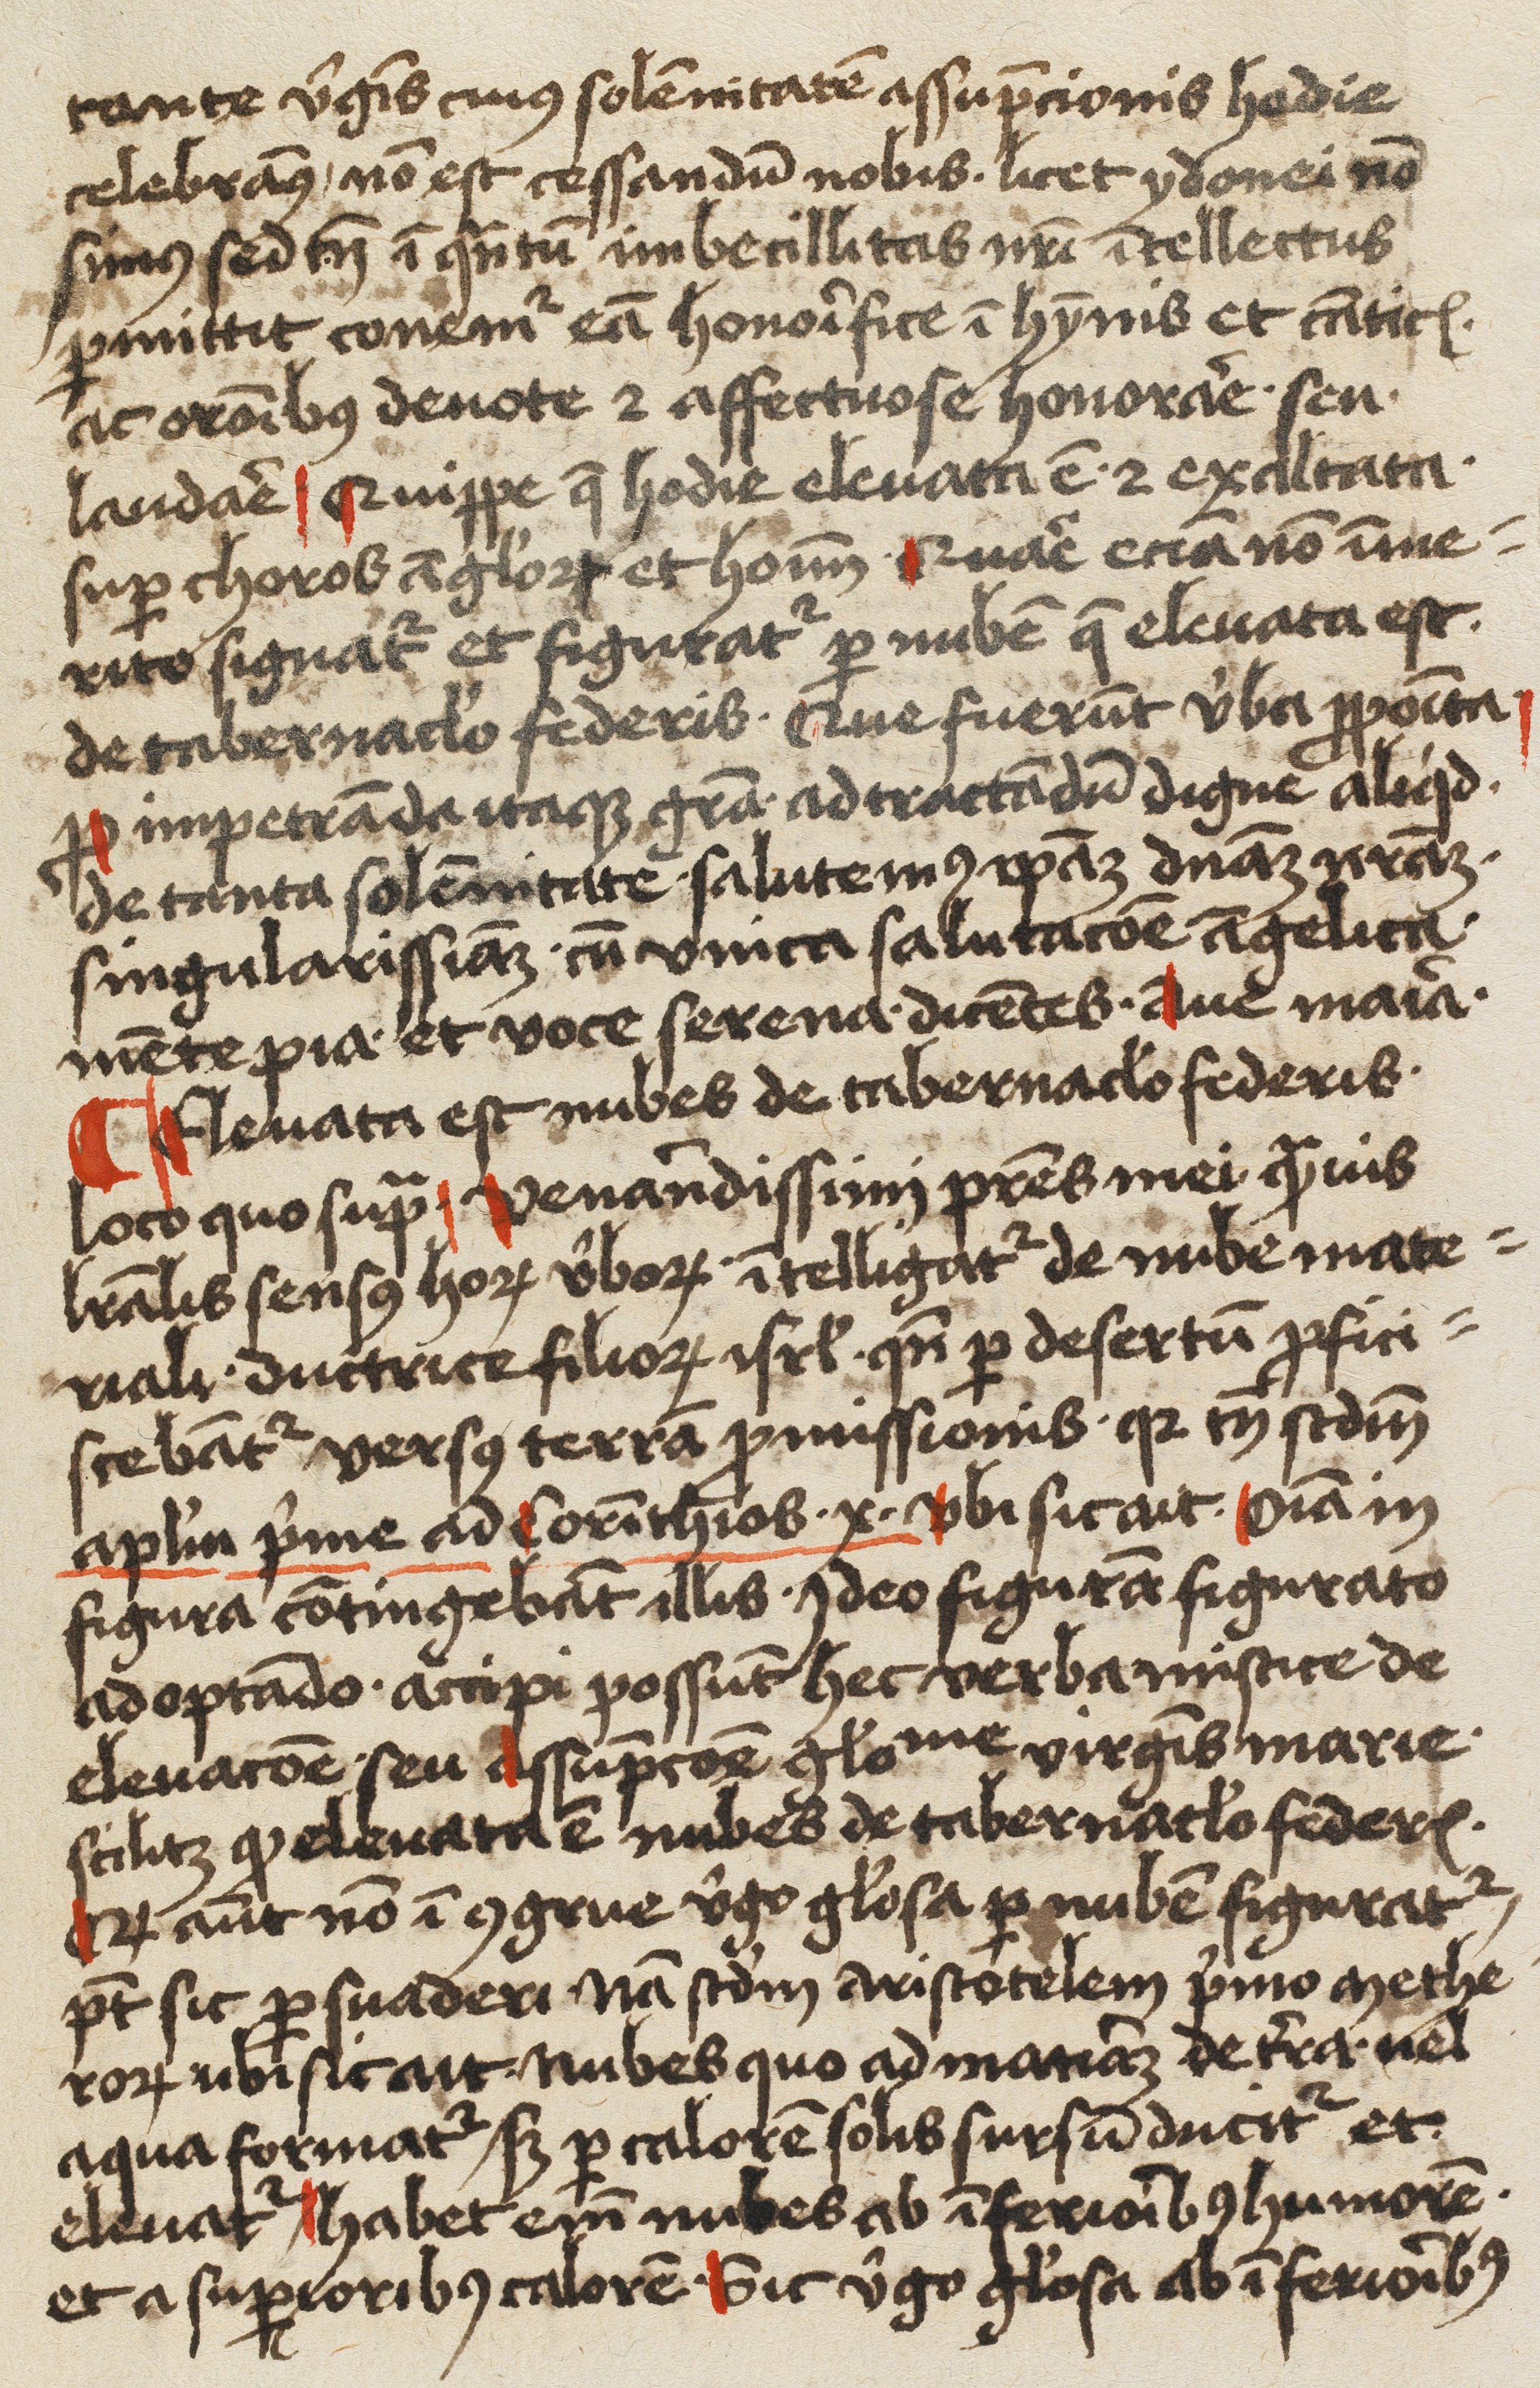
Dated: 1450–1499